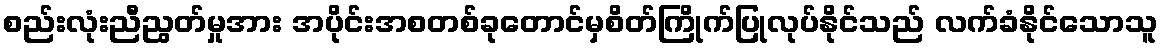
စည်းလုံးညီညွတ်မှုအား အပိုင်းအစတစ်ခုတောင်မှစိတ်ကြိုက်ပြုလုပ်နိုင်သည် လက်ခံနိုင်သောသူ